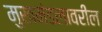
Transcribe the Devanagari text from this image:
मुखमंडलावरील